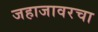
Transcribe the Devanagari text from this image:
जहाजावरचा